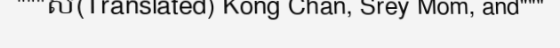
"""ស(Translated) Kong Chan, Srey Mom, and"""